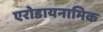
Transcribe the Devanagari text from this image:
एरोडायनामिक